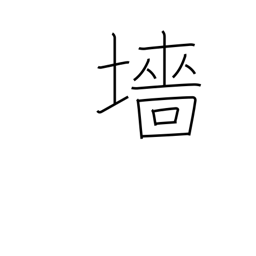
Meaning: hedge